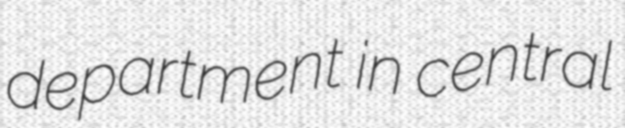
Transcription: department in central